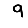
Digit: 9